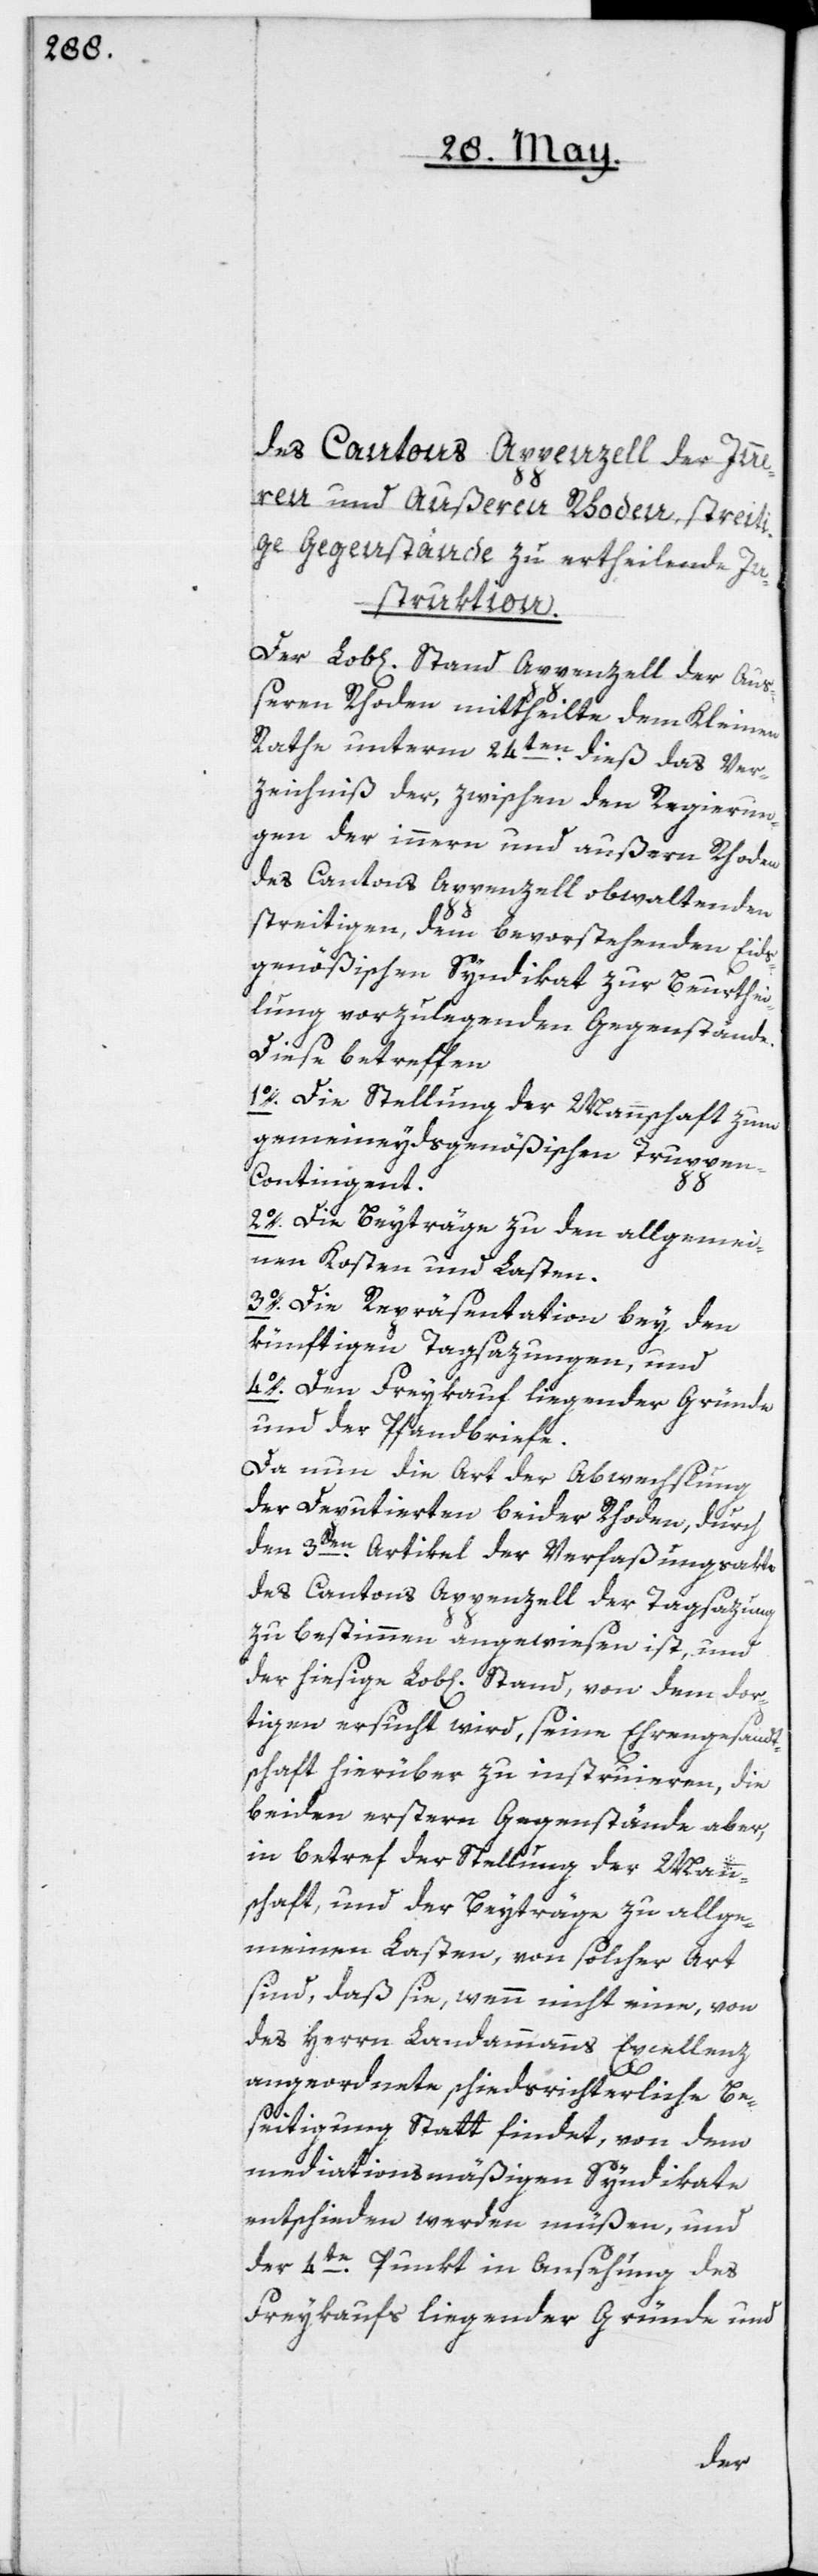
des Cantons Appenzell der Inn¬
eren und Außeren Rhoden streit¬
ige Gegenstände zu ertheilenden In¬
struktion.
Der Lob[liche] Stand Appenzell der Au¬
ßeren Rhoden mittheilte dem Kleinen
Rathe unterm 24ten dieß das Ver¬
zeichnis der zwischen den Regierun¬
gen der innern und außern Rhoden
des Cantons Appenzell obwaltenden
streitigen, dem bevorstehenden Eids¬
genößischen Syndikat zur Beurthei¬
lung vorzulegenden Gegenstände.
Diese betreffen:
1o. Die Stellung der Mannschaft zum
gemeineydsgenößischen Truppen-C¬
ontingent.
2o. Die Beyträge zu den allgemei¬
nen Kosten und Lasten.
3o. Die Repräsentation bey den
künftigen Tagsazungen, und
4o. Den Freykauf liegender Gründe
und der Pfandbriefe.
Da nun die Art der Abwechslung
der Deputierten beider Rhoden, durch
den 3ten Artikel der Verfaßungsakte
des Cantons Appenzell der Tagsazung
zu bestimmen angewiesen ist, und
der hiesige Lob[liche] Stand von dem dor¬
tigen ersucht wird, seine Ehrengesandt¬
schaft hierüber zu instruieren, die
beiden erstern Gegenstände aber,
in betref der Stellung der Mann¬
schaft, und der Beyträge zu allge¬
meinen Lasten, von solcher Art
sind, daß sie, wenn nicht eine, von
des Herrn Landammanns Excellenz
angeordnete schiedsrichterliche Be¬
seitigung Statt findet, von dem
mediationsmäßigen Synidikate
entschieden werden müßen, und
der 4te Punkt in Ansehung des
Freykaufs liegender Gründe und